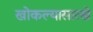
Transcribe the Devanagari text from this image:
खोकल्यासारखे